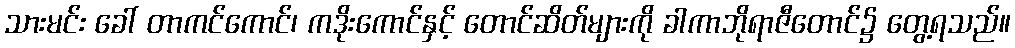
သားမင်း ခေါ် တာကင်ကောင်၊ ကဒိုးကောင်နှင့် တောင်ဆိတ်များကို ခါကာဘိုရာဇီတောင်၌ တွေ့ရသည်။